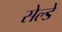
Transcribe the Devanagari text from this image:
सेल्डे